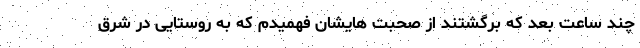
چند ساعت بعد که برگشتند از صحبت هایشان فهمیدم که به روستایی در شرق